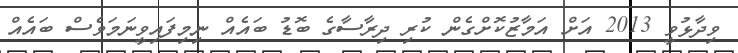
ވިދާޅުވީ 2013 އަށް އަމާޒުކޮށްގެން ކުރި ދިރާސާގެ ބޮޑު ބައެއް ނިމިފައިވީނަމަވެސް ބައެއް